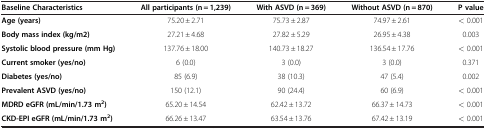
<table><thead><tr><td><b>Baseline Characteristics</b></td><td><b>All participants (n = 1,239)</b></td><td><b>With ASVD (n = 369)</b></td><td><b>Without ASVD (n = 870)</b></td><td><b>P value</b></td></tr></thead><tbody><tr><td><b>Age (years)</b></td><td>75.20 ± 2.71</td><td>75.73 ± 2.87</td><td>74.97 ± 2.61</td><td>&lt; 0.001</td></tr><tr><td><b>Body mass index (kg/m2)</b></td><td>27.21 ± 4.68</td><td>27.82 ± 5.29</td><td>26.95 ± 4.38</td><td>0.003</td></tr><tr><td><b>Systolic blood pressure (mm Hg)</b></td><td>137.76 ± 18.00</td><td>140.73 ± 18.27</td><td>136.54 ± 17.76</td><td>&lt; 0.001</td></tr><tr><td><b>Current smoker (yes/no)</b></td><td>6 (0.0)</td><td>3 (0.0)</td><td>3 (0.0)</td><td>0.371</td></tr><tr><td><b>Diabetes (yes/no)</b></td><td>85 (6.9)</td><td>38 (10.3)</td><td>47 (5.4)</td><td>0.002</td></tr><tr><td><b>Prevalent ASVD (yes/no)</b></td><td>150 (12.1)</td><td>90 (24.4)</td><td>60 (6.9)</td><td>&lt; 0.001</td></tr><tr><td><b>MDRD eGFR (mL/min/1.73 m</b><sup><b>2</b></sup><b>)</b></td><td>65.20 ± 14.54</td><td>62.42 ± 13.72</td><td>66.37 ± 14.73</td><td>&lt; 0.001</td></tr><tr><td><b>CKD-EPI eGFR (mL/min/1.73 m</b><sup><b>2</b></sup><b>)</b></td><td>66.26 ± 13.47</td><td>63.54 ± 13.76</td><td>67.42 ± 13.19</td><td>&lt; 0.001</td></tr></tbody></table>